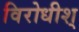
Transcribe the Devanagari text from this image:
विरोधीश्